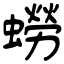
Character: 蟧